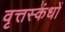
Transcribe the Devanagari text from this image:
वृत्तस्कंधों